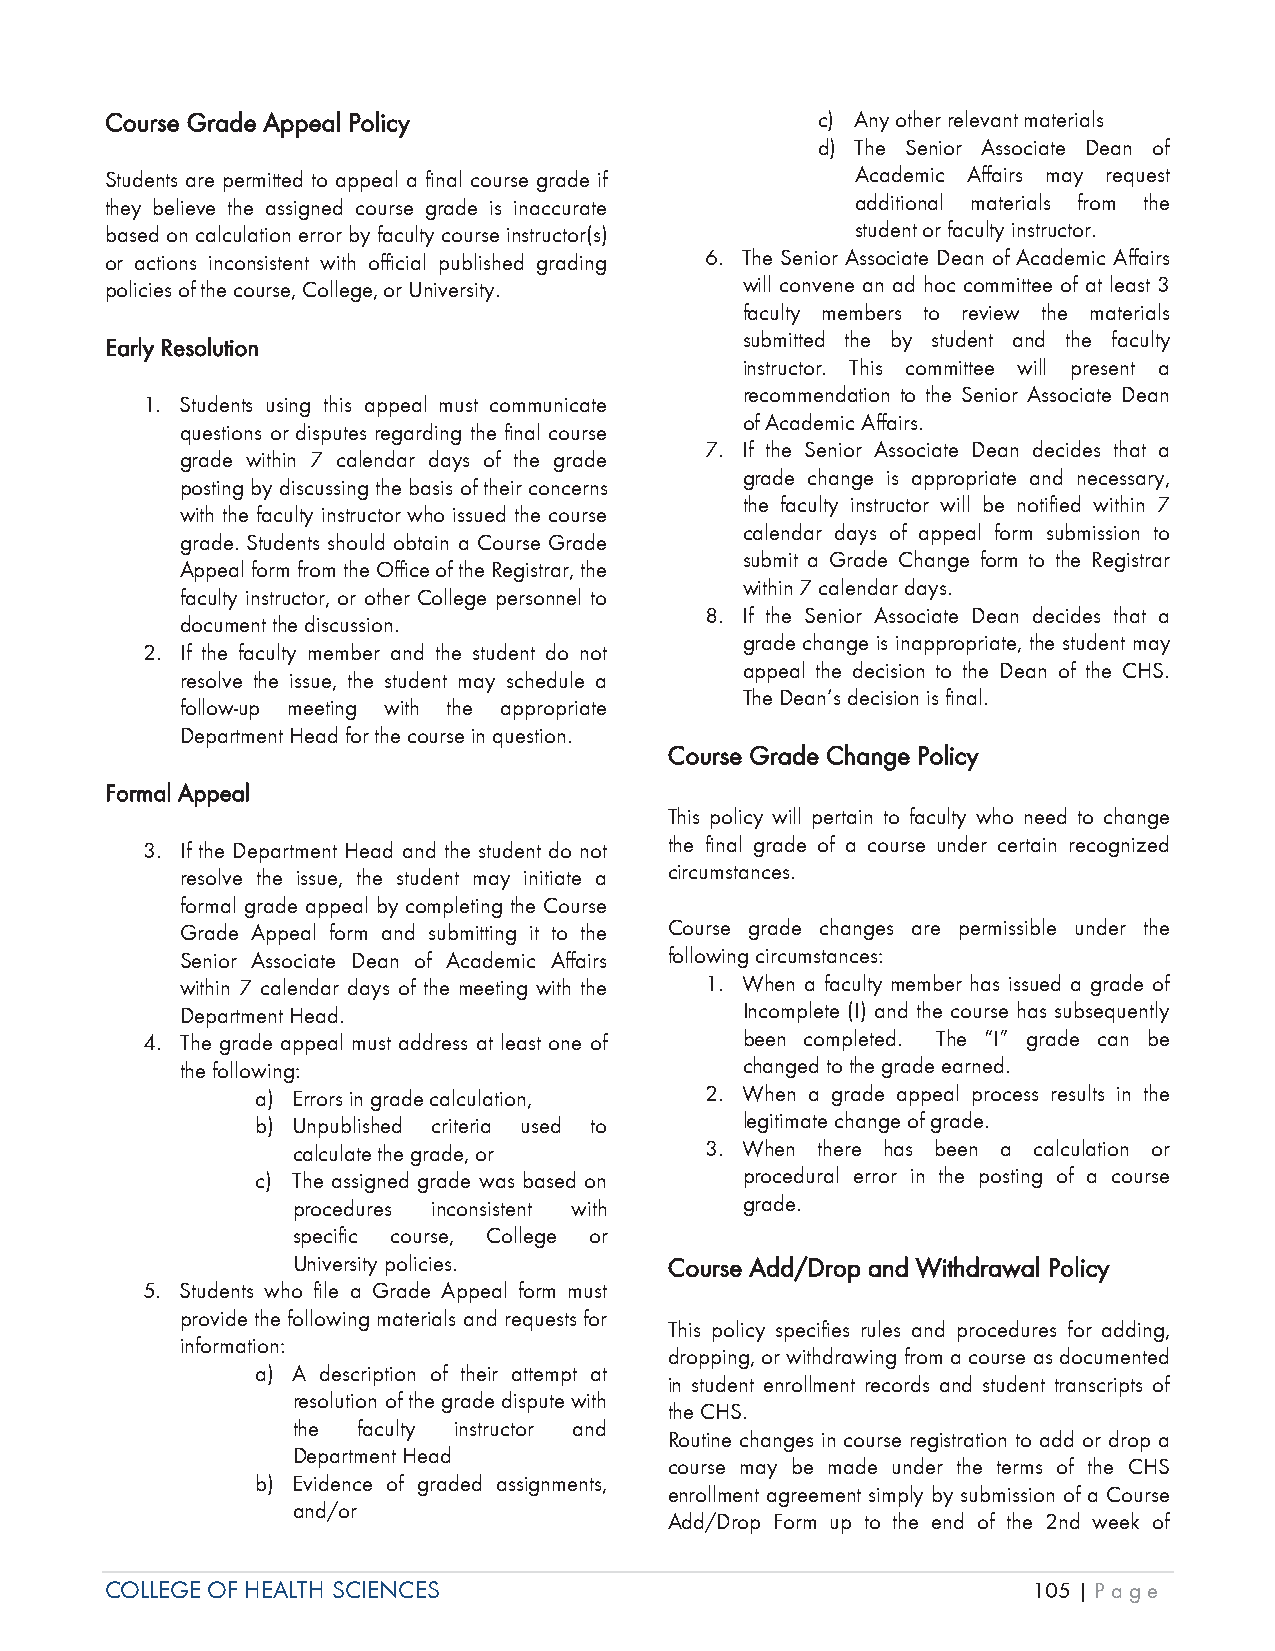
CCourse Grade Appeal Policy                    c) Any other relevant materials
 d) The Senior Associate Dean of
 Students are permitted to appeal a final course grade if Academic Affairs may request
 they believe the assigned course grade is inaccurate additional materials from the
 based on calculation error by faculty course instructor(s) student or faculty instructor.
 or actions inconsistent with official published grading 6. The Senior Associate Dean of Academic Affairs
 policies of the course, College, or University. will convene an ad hoc committee of at least 3
 faculty members to review the materials
 submitted the by student and the faculty
 Early Resolution
 instructor. This committee will present a
 recommendation to the Senior Associate Dean
 1. Students using this appeal must communicate
 of Academic Affairs.
 questions or disputes regarding the final course
 7. If the Senior Associate Dean decides that a
 grade within 7 calendar days of the grade
 grade change is appropriate and necessary,
 posting by discussing the basis of their concerns
 the faculty instructor will be notified within 7
 with the faculty instructor who issued the course
 calendar days of appeal form submission to
 grade. Students should obtain a Course Grade
 submit a Grade Change form to the Registrar
 Appeal form from the Office of the Registrar, the
 within 7 calendar days.
 faculty instructor, or other College personnel to
 8. If the Senior Associate Dean decides that a
 document the discussion.
 grade change is inappropriate, the student may
 2. If the faculty member and the student do not
 appeal the decision to the Dean of the CHS.
 resolve the issue, the student may schedule a
 The Dean’s decision is final.
 follow-up meeting with the appropriate
 Department Head for the course in question.
 Course Grade Change Policy
 Formal Appeal
 This policy will pertain to faculty who need to change
 3. If the Department Head and the student do not the final grade of a course under certain recognized
 resolve the issue, the student may initiate a circumstances.
 formal grade appeal by completing the Course
 Grade Appeal form and submitting it to the Course grade changes are permissible under the
 Senior Associate Dean of Academic Affairs following circumstances:
 within 7 calendar days of the meeting with the 1. When a faculty member has issued a grade of
 Department Head.                     Incomplete (I) and the course has subsequently
 4. The grade appeal must address at least one of been completed. The “I” grade can be
 the following:                       changed to the grade earned.
 a) Errors in grade calculation, 2. When a grade appeal process results in the
 b) Unpublished criteria used to legitimate change of grade.
 calculate the grade, or     3. When there has been a calculation or
 c) The assigned grade was based on procedural error in the posting of a course
 procedures inconsistent with  grade.
 specific course, College or
 University policies.     Course Add/Drop and Withdrawal Policy
 5. Students who file a Grade Appeal form must
 provide the following materials and requests for
 This policy specifies rules and procedures for adding,
 information:
 dropping, or withdrawing from a course as documented
 a) A description of their attempt at
 in student enrollment records and student transcripts of
 resolution of the grade dispute with
 the CHS.
 the  faculty instructor and
 Routine changes in course registration to add or drop a
 Department Head
 course may be made under the terms of the CHS
 b) Evidence of graded assignments,
 enrollment agreement simply by submission of a Course
 and/or
 Add/Drop Form up to the end of the 2nd week of
 COLLEGE OF HEALTH SCIENCES                                   105 | Page